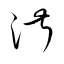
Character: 淑